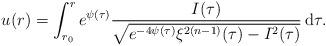
LaTeX: \begin{align*}u(r) = \int^r_{r_0} e^{\psi(\tau)} \frac{I(\tau)}{\sqrt{e^{-4\psi(\tau)}\xi^{2(n-1)}(\tau)-I^2(\tau)}} \, {\rm d}\tau.\end{align*}